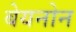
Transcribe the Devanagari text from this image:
बेयनोन